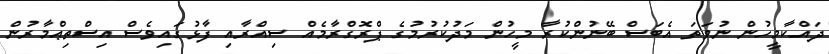
ދައްކާމީހުން ނުވަތަ އެބަސް ބޭނުންކުރާ މީހުން މަދުކުރުމުގެ ޕްރޮގްރާމެއް ސިއްރާއި ފާޅުގައިވެސް އިސްތިޢްމާރުން